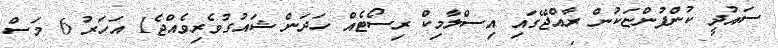
ސައުދީ ކުންފުންޏަކުން ރާއްޖޭގައި އިސްލާމިކް ރިސޯޓެއް ހަދަން ޝައުގުވެރިވެއްޖެ1 އަހަރު 6 މަސް